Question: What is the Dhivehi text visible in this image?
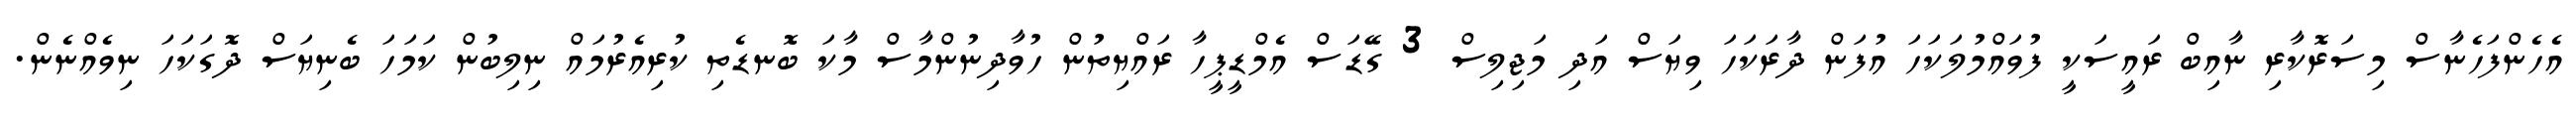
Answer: އެހެންފަހެނާސް މިސަރޮކާރި ނާއިބް ރައީސަކީ ފުވައްމުލަކަހަ އުފަން ދާރަކަހަ ވިޔަސް އަދި މަޖިލިސް 3 ގޭޑަސް އެމްޑީޕީހާ ރައްޔިތުން ހުވާދިނުންމާސް މާކަ ބޮނޑެތި ކުރިއެރުމައް ނިލިބުން ކަމަހަ ބެނިޔަސް ދޮގަކަހަ ނިވެއްނެން.